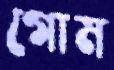
গোম